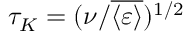
\tau _ { K } = ( \nu / \overline { { \langle \varepsilon \rangle } } ) ^ { 1 / 2 }